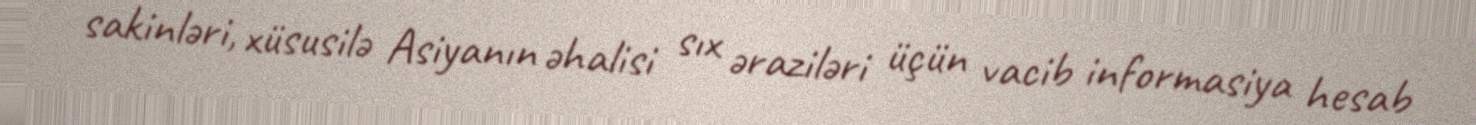
sakinləri, xüsusilə Asiyanın əhalisi sıx əraziləri üçün vacib informasiya hesab